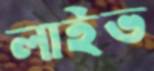
লাইভ